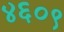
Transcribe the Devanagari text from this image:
४६०९